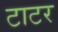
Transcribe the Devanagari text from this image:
टाटर